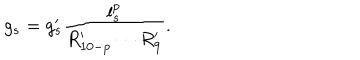
g _ { s } = g _ { s } ^ { \prime } \frac { l _ { s } ^ { p } } { R _ { 1 0 - p } ^ { \prime } \cdots R _ { 9 } ^ { \prime } } .